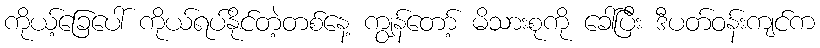
ကိုယ့်ခြေပေါ် ကိုယ်ရပ်နိုင်တဲ့တစ်နေ့ ကျွန်တော့် မိသားစုကို ခေါ်ပြီး ဒီပတ်ဝန်းကျင်က